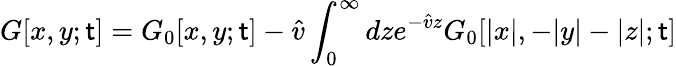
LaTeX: G[x,y;\mathsf{t}]=G_{0}[x,y;\mathsf{t}]-\hat{{v}}\int_{0}^{\infty}dze^{-\hat{{v}}z}G_{0}[|x|,-|y|-|z|;\mathsf{t}]